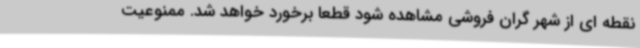
نقطه ای از شهر گران فروشی مشاهده شود قطعاً برخورد خواهد شد. ممنوعیت